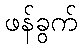
ဖန်ခွက်